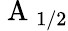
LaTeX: \mathrm{~A~}_{1/2}